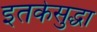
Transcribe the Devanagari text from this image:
इतकेसुद्धा